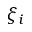
\xi _ { i }